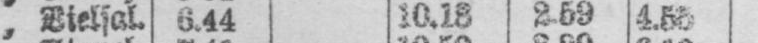
„ Vielsal. 6.44 10.18 2.59 4.55